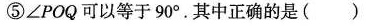
⑤∠POQ可以等于90°。其中正确的是( )